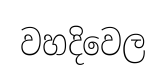
වහදිවෙල